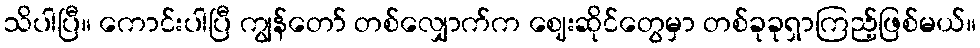
သိပါပြီ။ ကောင်းပါပြီ ကျွန်တော် တစ်လျှောက်က ဈေးဆိုင်တွေမှာ တစ်ခုခုရှာကြည့်ဖြစ်မယ်။